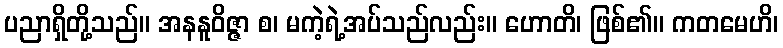
ပညာရှိတို့သည်။ အနနူဝိဇ္ဇာ စ၊ မကဲ့ရဲ့အပ်သည်လည်း။ ဟောတိ၊ ဖြစ်၏။ ကတမေဟိ၊